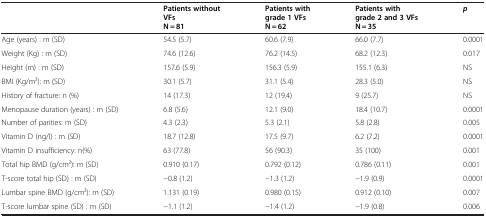
|  | Patients without VFsN = 81 | Patients with grade 1 VFsN = 62 | Patients withgrade 2 and 3 VFs N = 35 | p |
 | --- | --- | --- | --- | --- |
 | Age (years) : m (SD) | 54.5 (5.7) | 60.6 (7.9) | 66.0 (7.7) | 0.0001 |
 | Weight (Kg) : m (SD) | 74.6 (12.6) | 76.2 (14.5) | 68.2 (12.3) | 0.017 |
 | Height (m) : m (SD) | 157.6 (5.9) | 156.3 (5.9) | 155.1 (6.3) | NS |
 | BMI (Kg/m2): m (SD) | 30.1 (5.7) | 31.1 (5.4) | 28.3 (5.0) | NS |
 | History of fracture: n (%) | 14 (17.3) | 12 (19.4) | 9 (25.7) | NS |
 | Menopause duration (years) : m (SD) | 6.8 (5.6) | 12.1 (9.0) | 18.4 (10.7) | 0.0001 |
 | Number of parities: m (SD) | 4.3 (2.3) | 5.3 (2.1) | 5.8 (2.8) | 0.005 |
 | Vitamin D (ng/l) : m (SD) | 18.7 (12.8) | 17.5 (9.7) | 6.2 (7.2) | 0.0001 |
 | Vitamin D insufficiency: n(%) | 63 (77.8) | 56 (90.3) | 35 (100) | 0.001 |
 | Total hip BMD (g/cm2): m (SD) | 0.910 (0.17) | 0.792 (0.12) | 0.786 (0.11) | 0.001 |
 | T-score total hip (SD) : m (SD) | −0.8 (1.2) | −1.3 (1.2) | −1.9 (0.9) | 0.0001 |
 | Lumbar spine BMD (g/cm2): m (SD) | 1.131 (0.19) | 0.980 (0.15) | 0.912 (0.10) | 0.007 |
 | T-score lumbar spine (SD) : m (SD) | −1.1 (1.2) | −1.4 (1.2) | −1.9 (0.8) | 0.006 |